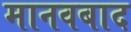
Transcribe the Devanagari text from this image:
मानवबाद